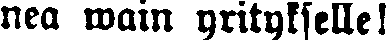
nea wain yritykselle!